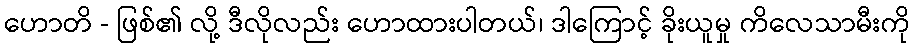
ဟောတိ - ဖြစ်၏ လို့ ဒီလိုလည်း ဟောထားပါတယ်၊ ဒါကြောင့် ခိုးယူမှု ကိလေသာမီးကို